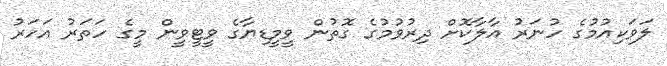
ލަވަކިއުމުގެ ހުނަރު އާލާކޮށް ދިރުވުމުގެ ގޮތުން ވީމީޑިޔާގެ ވީޓީވީން މީގެ ހަތަރު އަހަރު